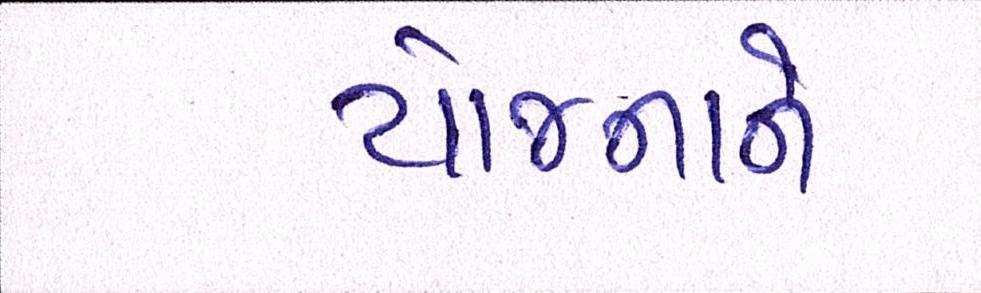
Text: યોજનાને